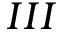
I I I